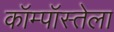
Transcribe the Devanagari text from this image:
कॉम्पॉस्तेला